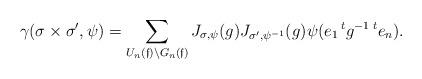
LaTeX: \begin{align*}\gamma(\sigma \times \sigma^\prime, \psi) = \sum_{U_n(\mathfrak{f}) \backslash G_n(\mathfrak{f})} J_{\sigma, \psi}(g)J_{\sigma^\prime, \psi^{-1}}(g) \psi(e_1 \, ^tg^{-1}\, ^te_n) .\end{align*}